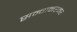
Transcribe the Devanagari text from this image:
सन्गमरमर